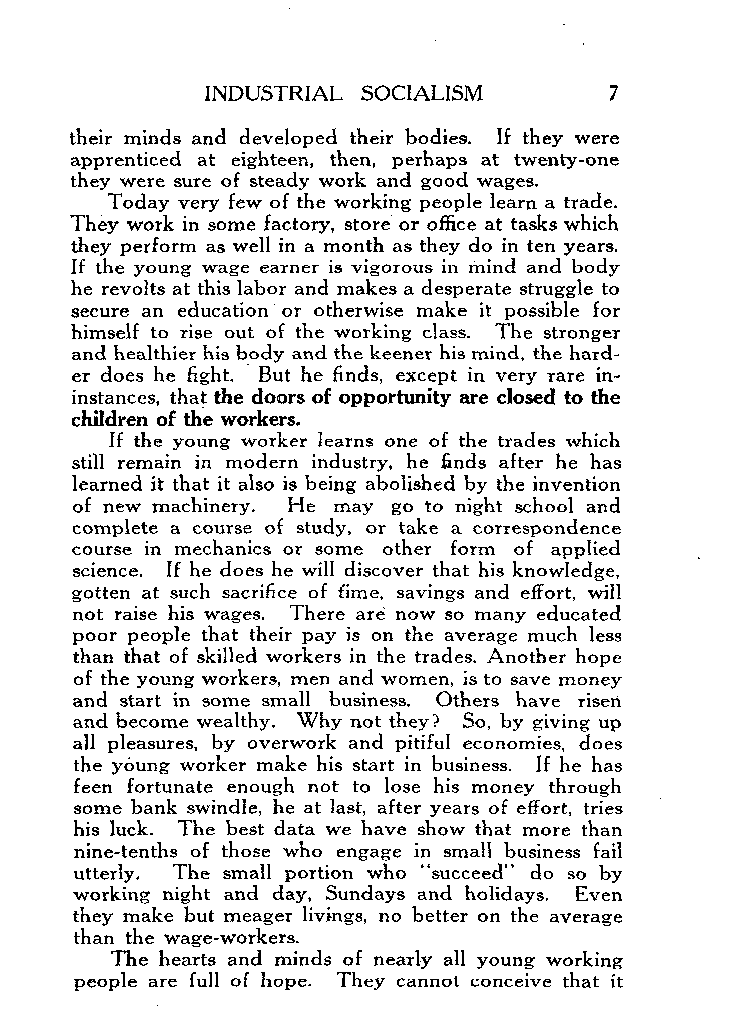
INDUSTRIAL SOCIALISM
 their minds and developed their bodies. If they were
 apprenticed at eighteen, then, perhaps at twenty-one
 they were sure of steady work and good wages.
 Today very few of the working people learn a trade.
 They work in some factory, store or office at tasks which
 they perform as well in a month as they do in ten years.
 If the young wage earner is vigorous in mind and body
 he revolts at this labor and makes a desperate struggle to
 secure an education or otherwise make it possible for
 himself to rise out of the working class. The stronger
 and healthier his body and the keener his mind, the hard-
 er does he fight. But he fi n d s, except in very rare in-
 instances, that the doors of opportunity are closed to the
 children of the workers.
 If the young worker learns one of the trades which
 still remain in modern industry, he finds after he has
 learned it that it also is being abolished by the invention
 of new machinery. He may go to night school and
 complete a course of study, or take a correspondence
 course in mechanics or some other form of applied
 science. If he does he will discover that his knowledge,
 gotten at such sacrifice of time, savings and effort, will
 not raise his wages. There are now so many educated
 poor people that their pay is on the average much less
 than that of skilled workers in the trades. Another hope
 of the young workers, men and women, is to save money
 and start in some small business. Others have risen
 and become wealthy. Why not they? So, by giving up
 all pleasures, by overwork and pitiful economies, does
 the young worker make his start in business. If he has
 feen fortunate enough not to lose his money through
 some bank swindle, he at last, after years of effort, tries
 his luck. The best data we have show that more than
 nine-tenths of those who engage in small business fail
 utterly. The small portion who “succeed” do so by
 working night and day, Sundays and holidays. Even
 they make but meager livings, no better on the average
 than the wage-workers.
 The hearts and minds of nearly all young working
 people are full of hope. They cannot conceive that it